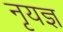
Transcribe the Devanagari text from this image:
नृयज्ञ